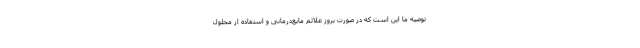
توصیه ما این است که در صورت بروز علائم مایع‌درمانی و استفاده از محلول